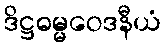
ဒိဋ္ဌဓမ္မဝေဒနီယံ